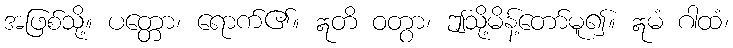
အဖြစ်သို့။ ပတ္တော၊ ရောက်၏။ ဣတိ ဝတွာ၊ ဤသို့မိန့်တော်မူ၍။ ဣမံ ဂါထံ၊